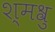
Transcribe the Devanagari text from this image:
श्मश्रु